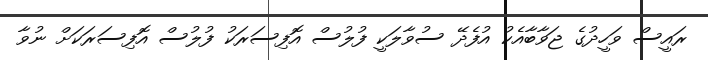
ރައީސް ވަހީދުގެ ޖަވާބާއެކު އުފެދޭ ސުވާލަކީ ފުލުސް އޮފިސަރަކު ފުލުސް އޮފިސަރަކަށް ނުވާ